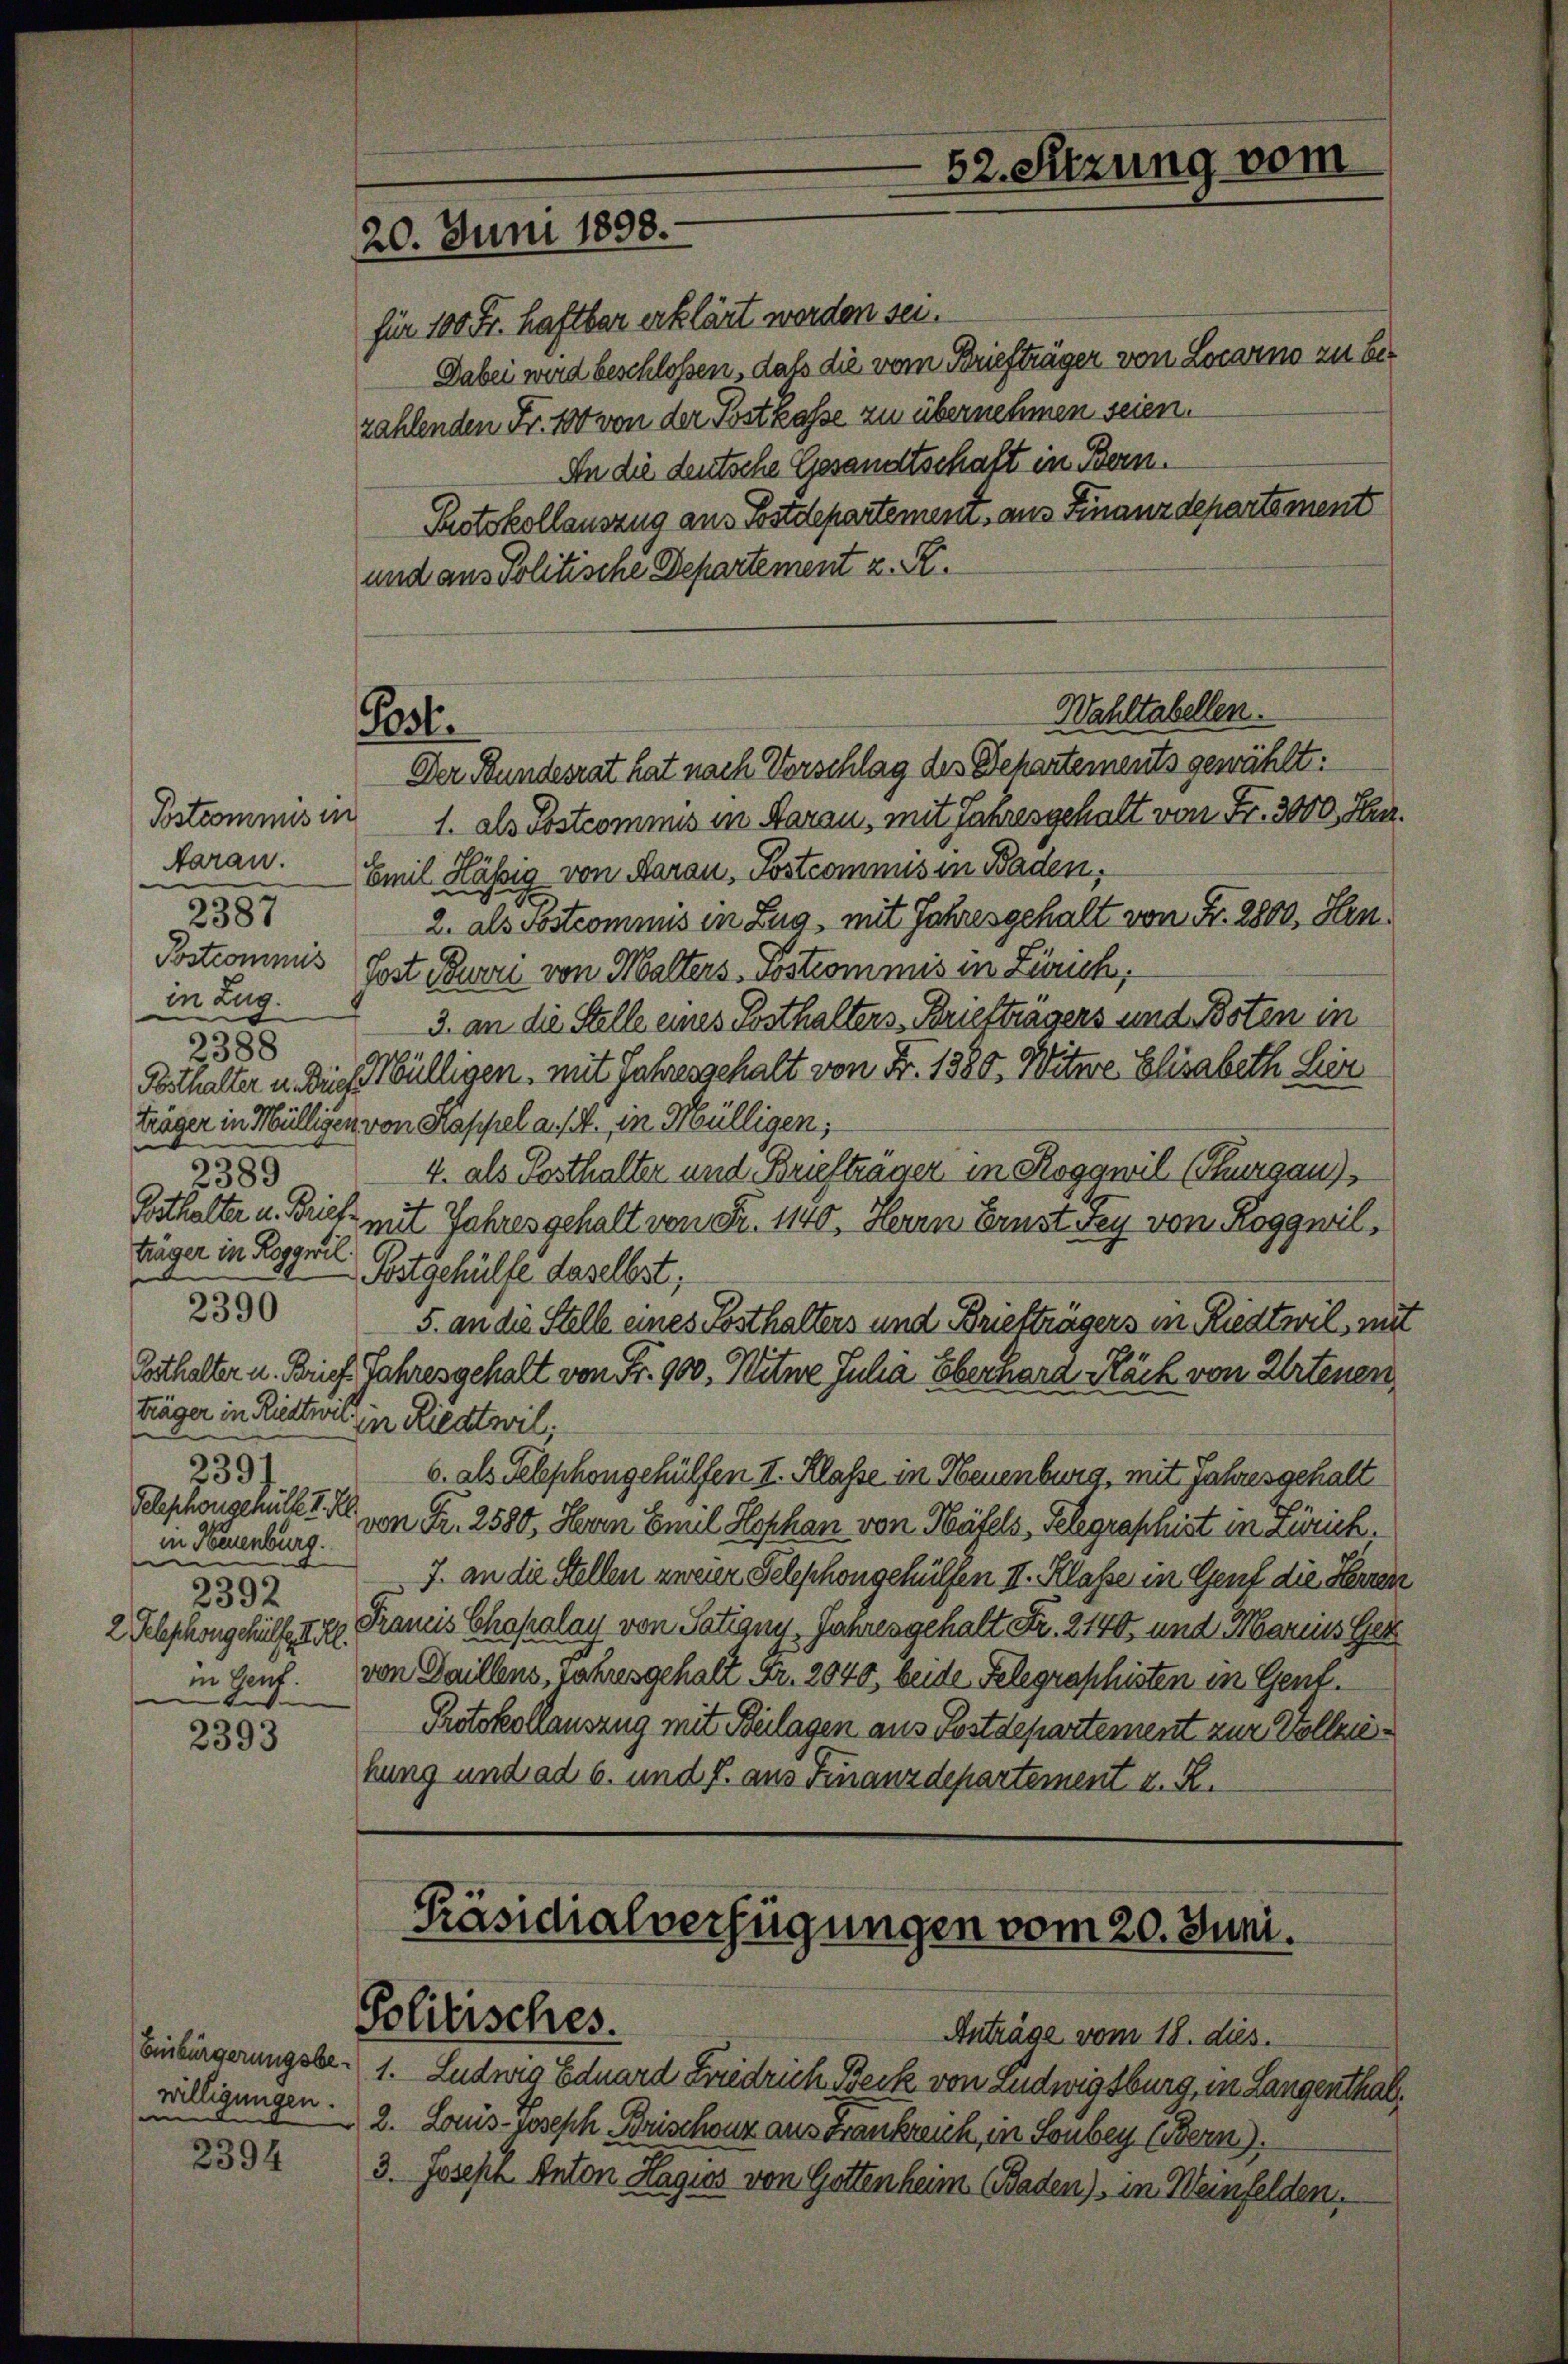
Postcommis in
Aaran.
2387
in Zug.
2388
Posthalter u. Brief
3389
Posthalter u. Briefe
träger in Roggwil
2390
träger in Rüttwe in Riedtwil;
2391
in Neuenburg.
in
2392
2 Felschon gehülfe de
Ins

2393

willigungen.
e

2394

für 100 Fr. haftbar erklärt worden sei.
Dabei wird beschlossen, daß die vom Briefträger von Locarno zu ber
zahlenden Fr. 100 von der Postkasse zu übernehmen seien.
An die deutsche Gesandtschaft in Bern.
Protokollauszug aus Postdepartement, aus Finanzdepartement
und aus Politische Departement z. R.

20. Juni 1898.

Post.

52. Sitzung vom

Der Bundesrat hat nach Vorschlag des Behartements gewählt:
1. als Postcommis in Aaraus, mit Jahresgehalt von Fr. 3000 Fr.
Emil Hässig von Aarau, Postcommis in Baden,
2. als Postcommis in Zug, mit Jahresgehalt von Fr. 2800, Hrn
Postcommis Sost Burri von Malters Postcommis in Zürich,
3. an die Stelle eines Posthalters Briefträgers und Boten in
Mülligen, mit Jahresgehalt von Fr. 1380. Witwe Elisabeth Sein
träger in Mülligen von Koppel a. s. in Mülligen;
4. als Posthalter und Briefträger in Roggwil (Thurgau),
mit Jahres gehalt von Fr. 1140, Herrn Ernst Fey von Roggwil,
Postgehülfe daselbst;
5. an die Stelle eines Posthalters und Briefträgers in Riedteil, mit
Osthalter u. Brief Jahresgehalt von Fr. 900. Witwe Julia Eberhard Käck von Artenen,
6. als Telephongehülfen II. Klasse in Neuenburg, mit Jahresgehalt
Telephongerückt. Il von Fr. 2580, Herrn Emil Hophan von Häfels, Telegraphist in Zürich.
J. an die Stellen zweier Seleschongehülfen II. Klasse in Genf die Herren
Francis Chopalay von Satiany, Jahresgehalt Fr. 2140, und Marius Ger
in sent. von Gaillens, Jahresgehalt Fr. 2040, beide Telegraphisten in Gent.
Protokollauszug mit Beilagen aus Postdepartement zur Vollziehung und ad 6. und J. aus Finanzdepartement u. R.

Wahltabellen.

Präsidialverfügungen vom 20. Juni.
Politisches.
Anträge vom 18. dies.

Einbürgerungsbe- 1. Ludwig Eduard Friedrich Beck von Ludwigsburg, in Langenthal.
2. Louis-Joseph Brischonz ausgrankreich, in Sonbey Bern).
3. Joseph Anton Hagios von Gottenheim Baden) in Weinfelden